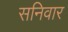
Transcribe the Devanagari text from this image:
सनिवार